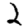
Digit: 2